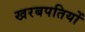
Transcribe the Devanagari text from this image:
खरबपतियों